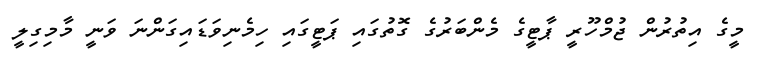
މީގެ އިތުރުން ޖުމްހޫރީ ޕާޓީގެ މެންބަރުގެ ގޮތުގައި ޕަޓީގައި ހިމެނިވަޑައިގަންނަ ވަނީ މާމިގިލީ